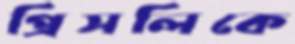
প্রিসলিকে